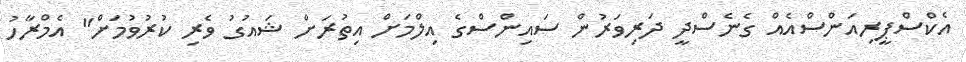
އެކްސްޕީރިއަންސްއެއް ގެނެސްދީ ދަރިވަރުން ސައިންސްގެ އިލްމަށް އިތުރަށް ޝައުގު ވެރި ކުރުވުމަށް" އެމްރާހު